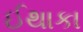
ઈથાકા